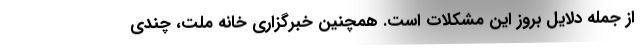
از جمله دلایل بروز این مشکلات است. همچنین خبرگزاری خانه ملت، چندی